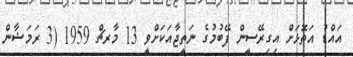
އައްޑު އަތޮޅަށް އިގިރޭސީން ފޭބުމުގެ ނަތީޖާއަކަށްވީ 13 މާރޗް 1959 (3 ރަމަޟާން